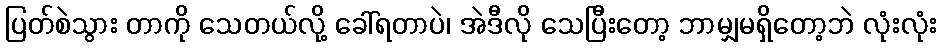
ပြတ်စဲသွား တာကို သေတယ်လို့ ခေါ်ရတာပဲ၊ အဲဒီလို သေပြီးတော့ ဘာမျှမရှိတော့ဘဲ လုံးလုံး